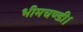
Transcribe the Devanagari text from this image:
भीमचण्डी।